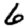
Digit: 6